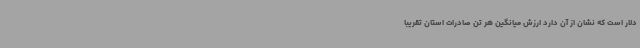
دلار است که نشان از آن دارد ارزش میانگین هر تن صادرات استان تقریبا